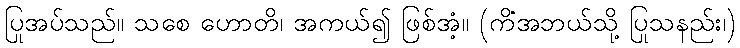
ပြုအပ်သည်။ သစေ ဟောတိ၊ အကယ်၍ ဖြစ်အံ့။ (ကိံအဘယ်သို့ ပြုသနည်း၊)